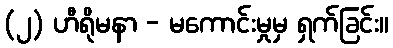
(၂) ဟီရိုမနာ - မကောင်းမှုမှ ရှက်ခြင်း။